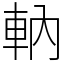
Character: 軜